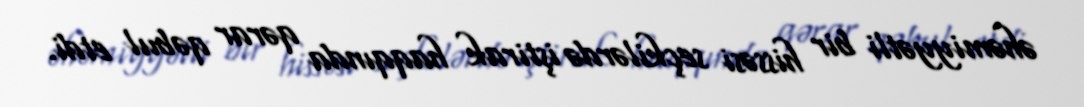
əhəmiyyətli bir hissəsi seçkilərdə iştirak haqqında qərar qəbul etdi.